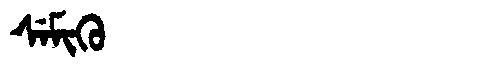
Manchu: ᠰᡝᠮᡳᡴᡠ
Romanization: SEMIKU